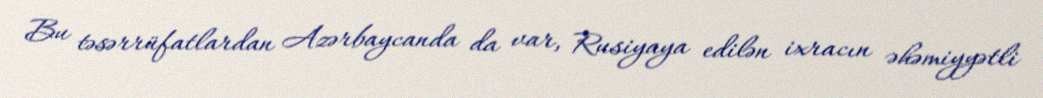
Bu təsərrüfatlardan Azərbaycanda da var, Rusiyaya edilən ixracın əhəmiyyətli